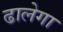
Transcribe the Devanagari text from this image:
ढालेगा